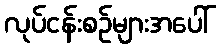
လုပ်ငန်းစဉ်များအပေါ်